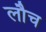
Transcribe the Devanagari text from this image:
लौच